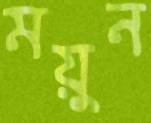
ময়ুন